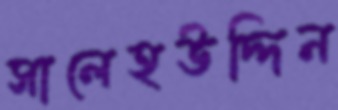
সালেহউদ্দিন